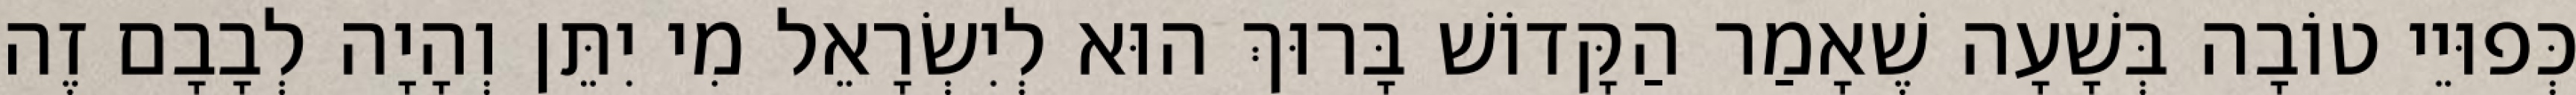
כְּפוּיֵי טוֹבָה בְּשָׁעָה שֶׁאָמַר הַקָּדוֹשׁ בָּרוּךְ הוּא לְיִשְׂרָאֵל מִי יִתֵּן וְהָיָה לְבָבָם זֶה